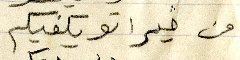
من خيرا تويكفيكم